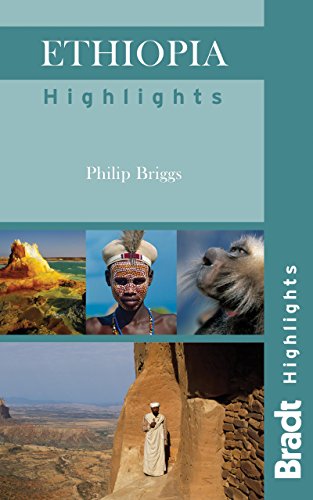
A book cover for Ethiopia Highlights (Bradt Travel Guide Ethiopia Highlights); Philip Briggs; Travel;